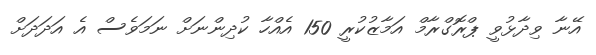
އޭނާ ވިދާޅުވީ ޕްރޮގްރާމް އަމާޒުކުރީ 150 އެއްހާ ކުދިންނަށް ނަމަވެސް އެ އަދަދަށް